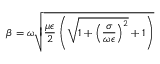
\beta = \omega \sqrt { \frac { \mu \epsilon } { 2 } \left( \sqrt { 1 + \left( \frac { \sigma } { \omega \epsilon } \right) ^ { 2 } } + 1 \right) }